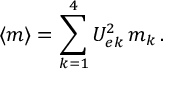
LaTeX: \langle { m } \rangle = \sum _ { k = 1 } ^ { 4 } U _ { e k } ^ { 2 } \, m _ { k } \, .